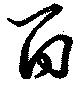
百